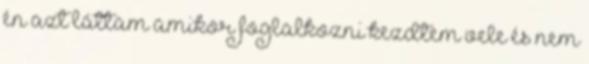
én azt láttam amikor foglalkozni kezdtem vele és nem